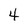
Character: 4